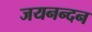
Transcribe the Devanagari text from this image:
जयनन्दन